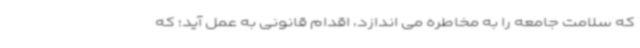
که سلامت جامعه را به مخاطره می اندازد، اقدام قانونی به عمل آید؛ که